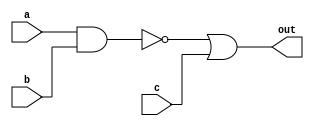
module complex_logic_gate(input wire a, input wire b, input wire c, output reg out);

assign out = ~(a & b) | c;

endmodule